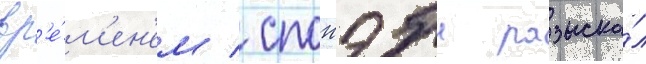
вр'е́м'ен'ем / спонэбл разыска́л